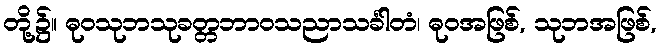
တို့၌။ ဓုဝသုဘသုခတ္တဘာဝသညာသင်္ခါတံ၊ ဓုဝအဖြစ်, သုဘအဖြစ်,